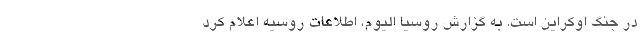
در جنگ اوکراین است. به گزارش روسیا الیوم، اطلاعات روسیه اعلام کرد